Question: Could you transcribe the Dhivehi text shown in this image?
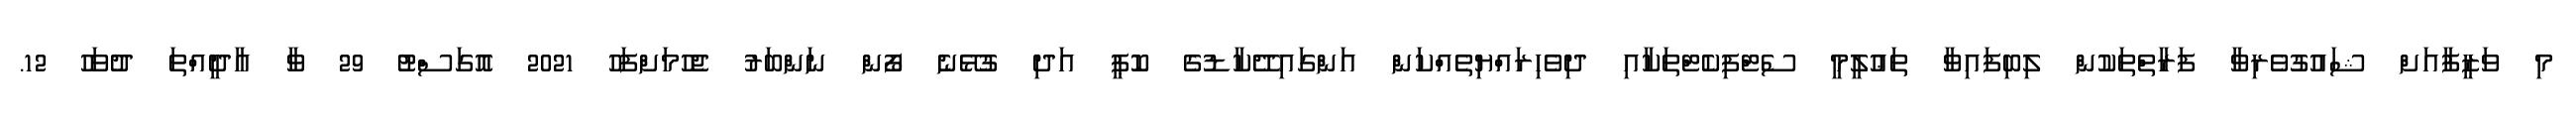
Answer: މި ވަޒީފާއަށް ޝައުގުވެރިވާ ފަރާތްތަކުން ލިބިފައިވާ ތަޢުލީމީ ސެޓްފިކެޓްތަކާއި ދިވެހިރައްޔިތެއްކަން އަންގައިދޭކާޑުގެ ކޮޕީ އަދި ގުޅޭނެ ފޯން ނަންބަރު ޖެހުމަށްފަހު 2021 އޮގަސްޓު 29 ވާ އާދީއްތަ ދުވަހު 12.